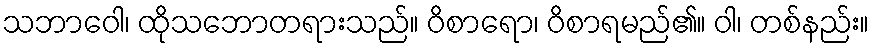
သဘာဝေါ၊ ထိုသဘောတရားသည်။ ဝိစာရော၊ ဝိစာရမည်၏။ ဝါ၊ တစ်နည်း။